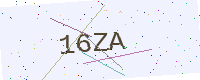
Text: 16ZA